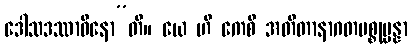
ဒေါသဒဿာဝိနော”တိ။ ယေ ဟိ ကေစိ အတီတာနာဂတပစ္စုပ္ပန္နာ